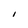
Character: I